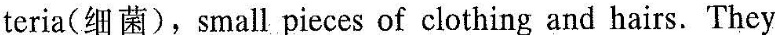
teria(细菌)，smallpieces of clothing and hairs.They